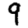
Digit: 9